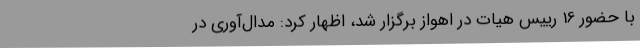
با حضور 16 رییس هیات در اهواز برگزار شد، اظهار کرد: مدال‌آوری در